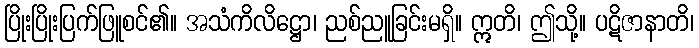
ပြိုးပြိုးပြက်ဖြူစင်၏။ အသံကိလိဋ္ဌော၊ ညစ်ညူခြင်းမရှိ။ ဣတိ၊ ဤသို့။ ပဋိဇာနာတိ၊